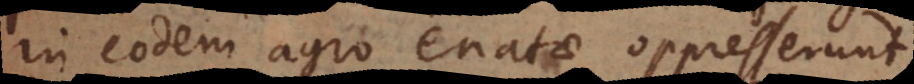
in eodem agro enatae oppresserunt,